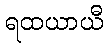
ရထယာယီ